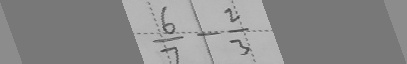
\frac { 6 } { 7 } - \frac { 2 } { 3 }